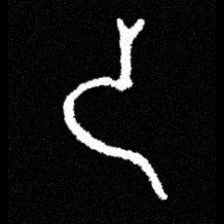
Pyu character \u2014 Myanmar letter: ဒ (romanized: da)